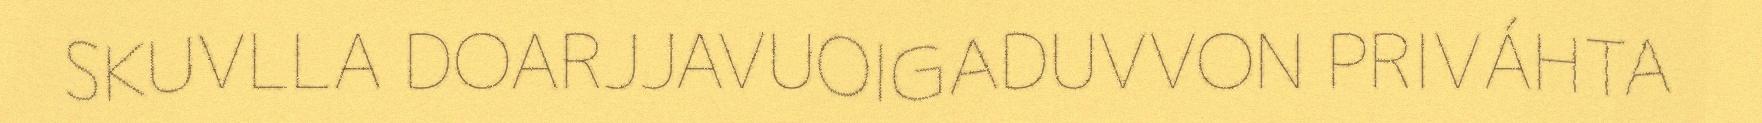
SKUVLLA DOARJJAVUOIGADUVVON PRIVÁHTA